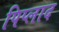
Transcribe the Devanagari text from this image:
पिप्लाद